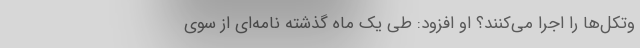
وتکل‌ها را اجرا می‌کنند؟ او افزود: طی یک ماه گذشته نامه‌ای از سوی